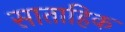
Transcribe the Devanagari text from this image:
साताहिक